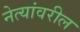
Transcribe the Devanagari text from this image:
नेत्यांवरील